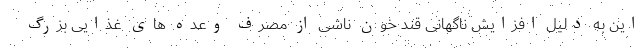
این به دلیل افزایش ناگهانی قند خون ناشی از مصرف وعده های غذایی بزرگ